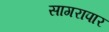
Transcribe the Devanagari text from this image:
सागरापार